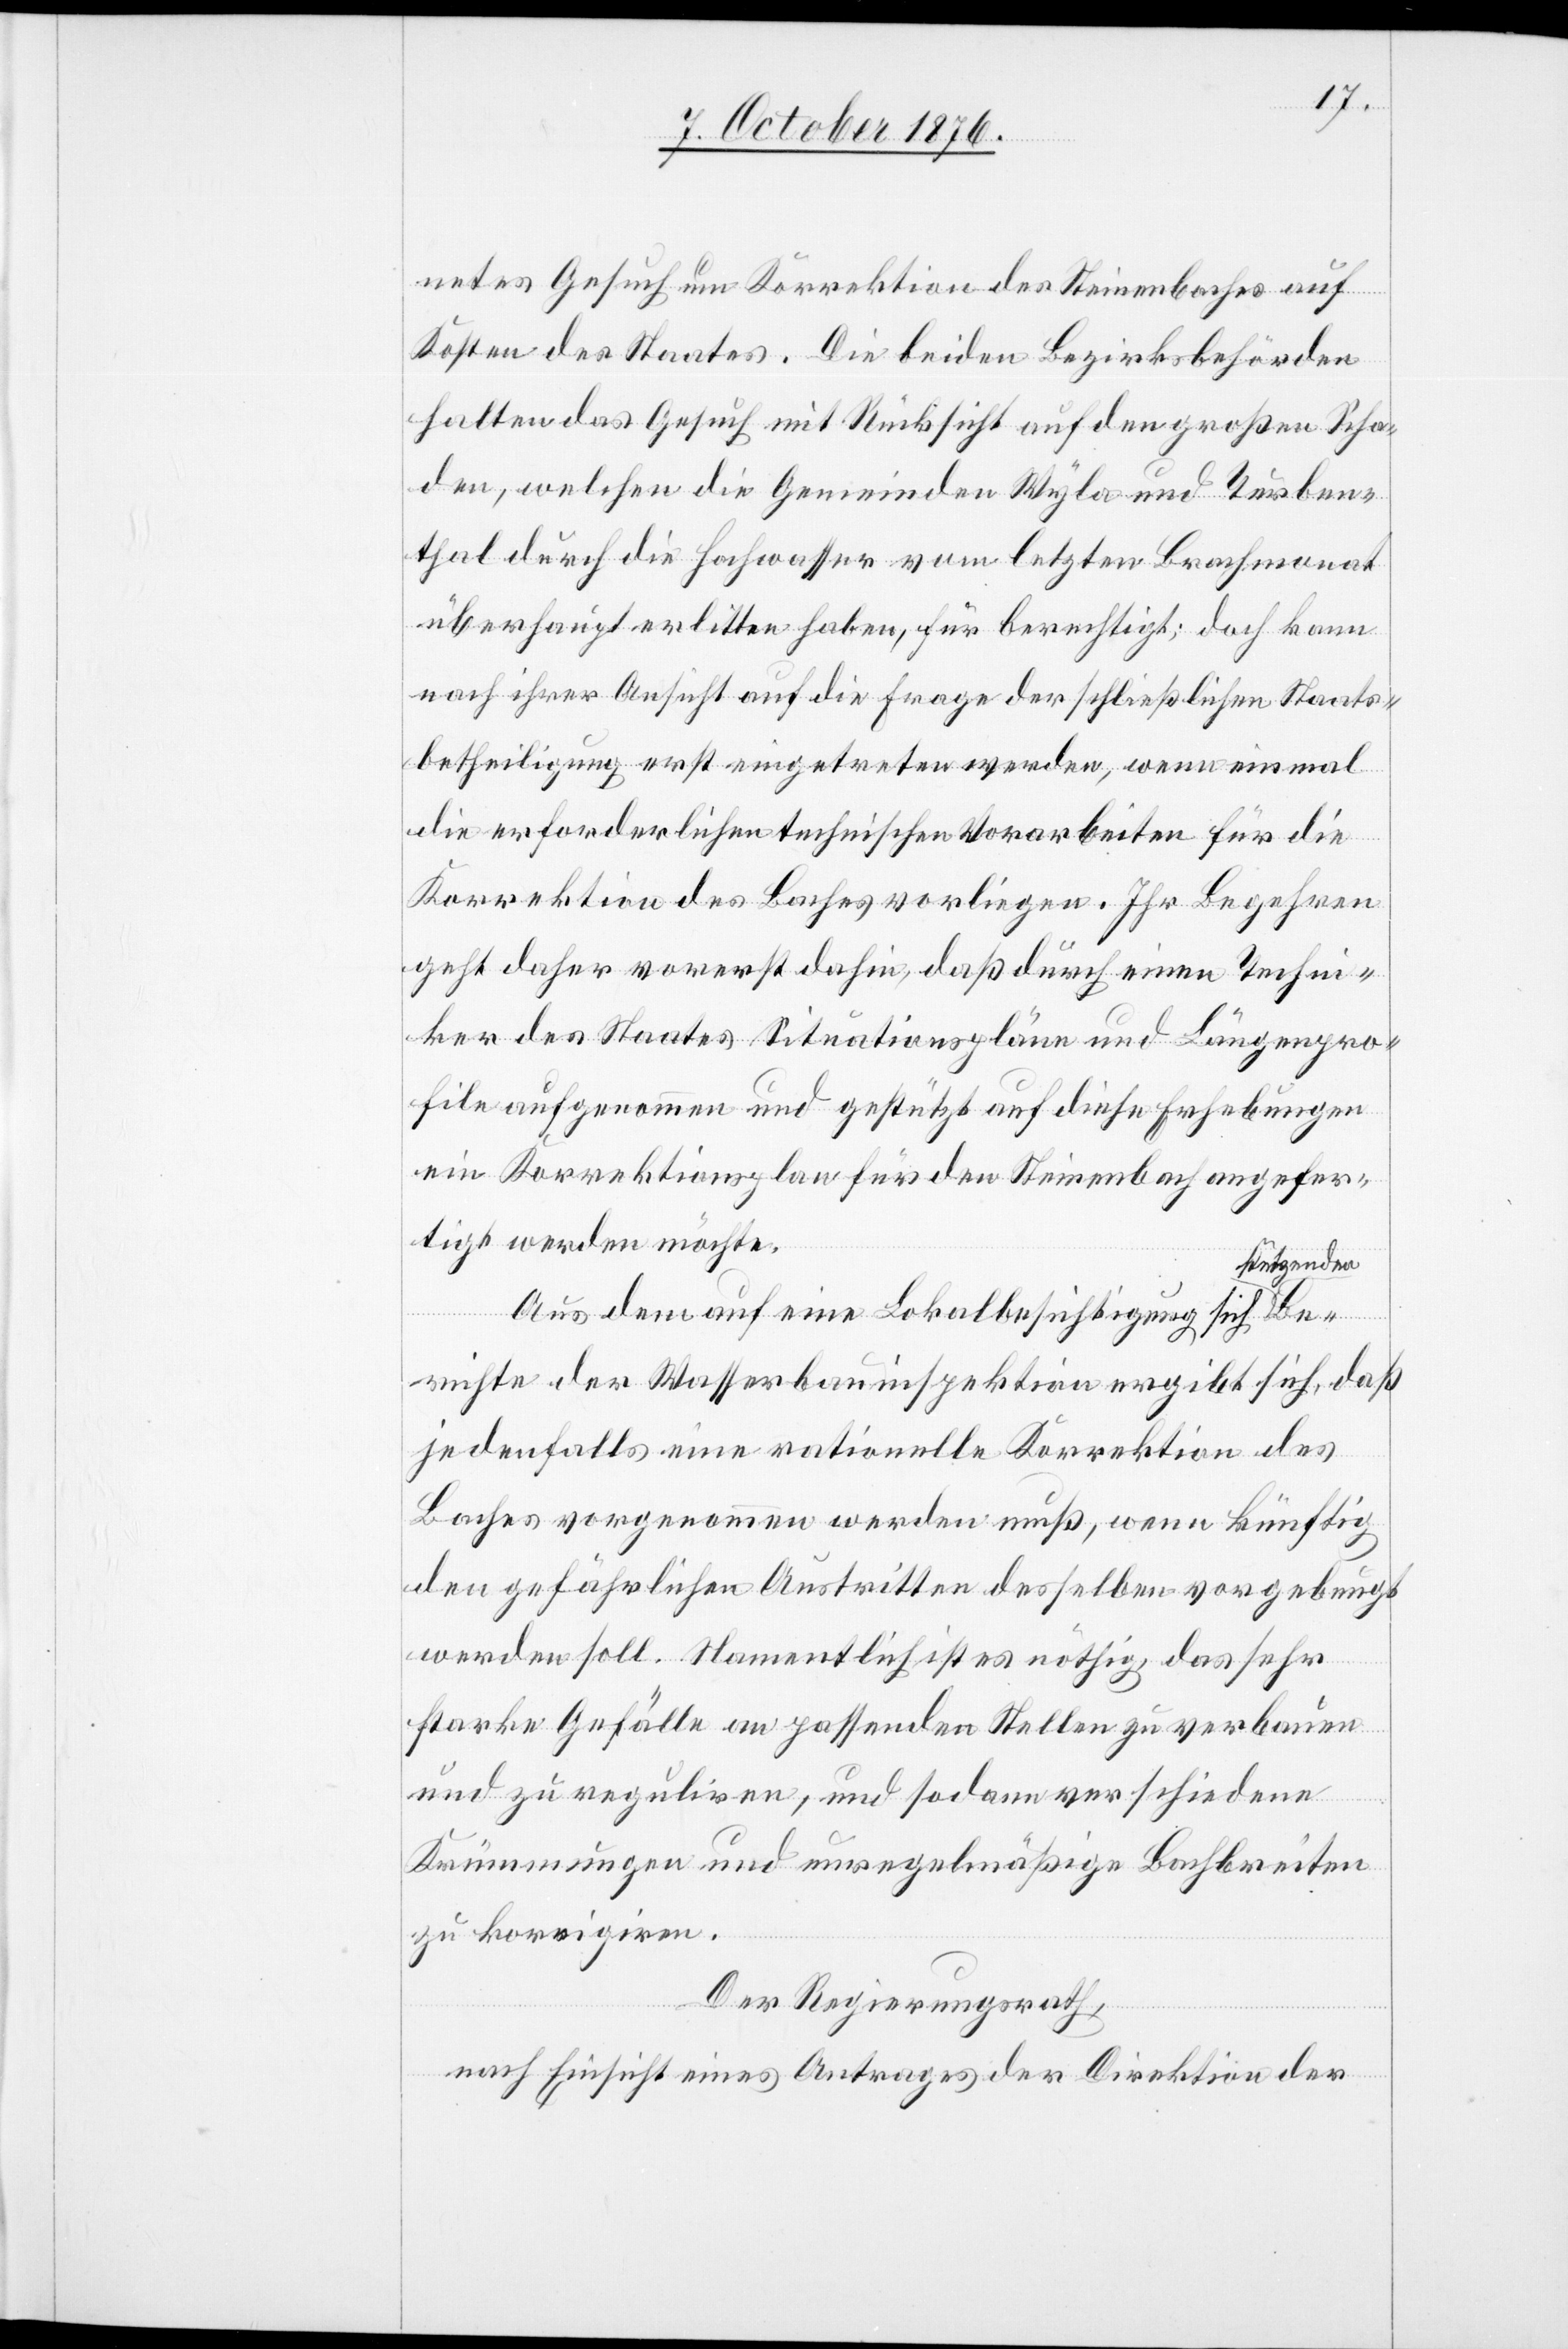
netes Gesuch um Korrektion des Steinenbaches auf
Kosten des Staates. Die beiden Bezirksbehörden
halten das Gesuch mit Rücksicht au den großen Scha¬
den, welchen die Gemeinden Wyla und Turben¬
thal durch die Hochwasser vom letzten Brachmonat
überhaupt erlitten haben, für berechtigt; doch kann
nach ihrer Ansicht auf die Frage der schließlichen Staats¬
betheiligung erst eingetreten werden, wenn einmal
die erforderlichen technischen Vorarbeiten für die
Korrektion des Baches vorliegen. Ihr Begehren
geht daher vorerst dahin, daß durch einen Techni¬
ker des Staates Situationspläne und Längenpro¬
file aufgenommen und gestützt auf diese Erhebungen
ein Korrektionsplan für den Steinenbach angefer¬
tigt werden möchte.
tützenden
Aus dem auf eine Lokalbesichtigung sich s¬
richte der Wasserbauinspektion ergibt sich, daß
jedenfalls eine rationelle Korrektion des
Baches vorgenommen werden muß, wenn künftig
den gefährlichen Austritten desselben vorgebeugt
werden soll. Namentlich ist es nöthig, das sehr
Be¬
starke Gefälle an passenden Stellen zu verbauen
und zu reguliren, und sodann verschiedene
Krümmungen und unregelmäßige Bachbreiten
zu korrigiren.
Der Regierungsrath,
nach Einsicht eines Antrages der Direktion der